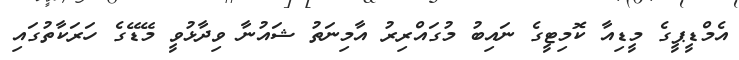
އެމްޑީޕީގެ މީޑިއާ ކޮމިޓީގެ ނައިބު މުގައްރިރު އާމިނަތު ޝައުނާ ވިދާޅުވީ މޭޑޭގެ ހަރަކާތުގައި